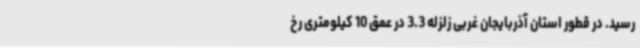
رسید. در قطور استان آذربایجان غربی زلزله 3.3 در عمق 10 کیلومتری رخ